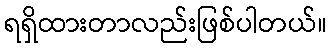
ရရှိထားတာလည်းဖြစ်ပါတယ်။